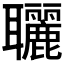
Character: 𦘐